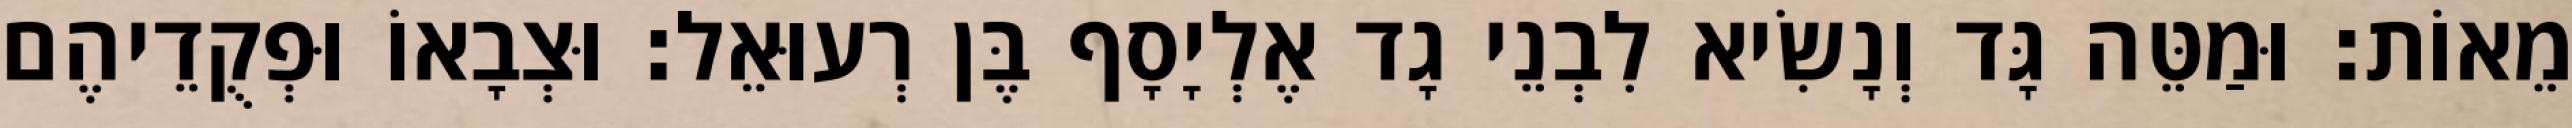
מֵאוֹת׃ וּמַטֵּה גָּד וְנָשִׂיא לִבְנֵי גָד אֶלְיָסָף בֶּן רְעוּאֵל׃ וּצְבָאוֹ וּפְקֻדֵיהֶם